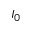
I _ { 0 }